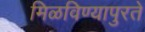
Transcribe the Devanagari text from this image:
मिळविण्यापुरते